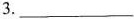
3.___